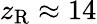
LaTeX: z_{\mathrm{R}}\approx 14